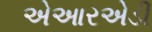
એઆરએડી